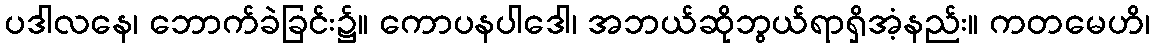
ပဒါလနေ၊ ဘောက်ခဲခြင်း၌။ ကောပနပါဒေါ၊ အဘယ်ဆိုဘွယ်ရာရှိအံ့နည်း။ ကတမေဟိ၊